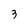
Character: 3